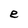
Character: e